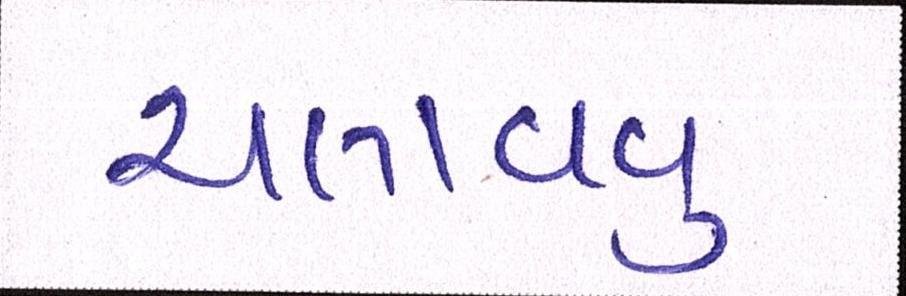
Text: ચલાવવું